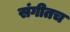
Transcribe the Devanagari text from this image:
संगीतच